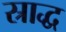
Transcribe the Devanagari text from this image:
स्राद्ध